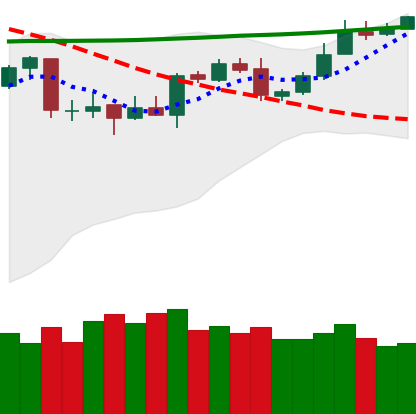
Ticker: XMR-USD
Chart end date: 2020-04-27
Forward return: 3.575%
Label: up_3_5